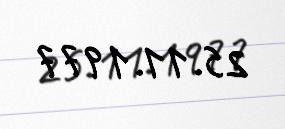
25.11.1977